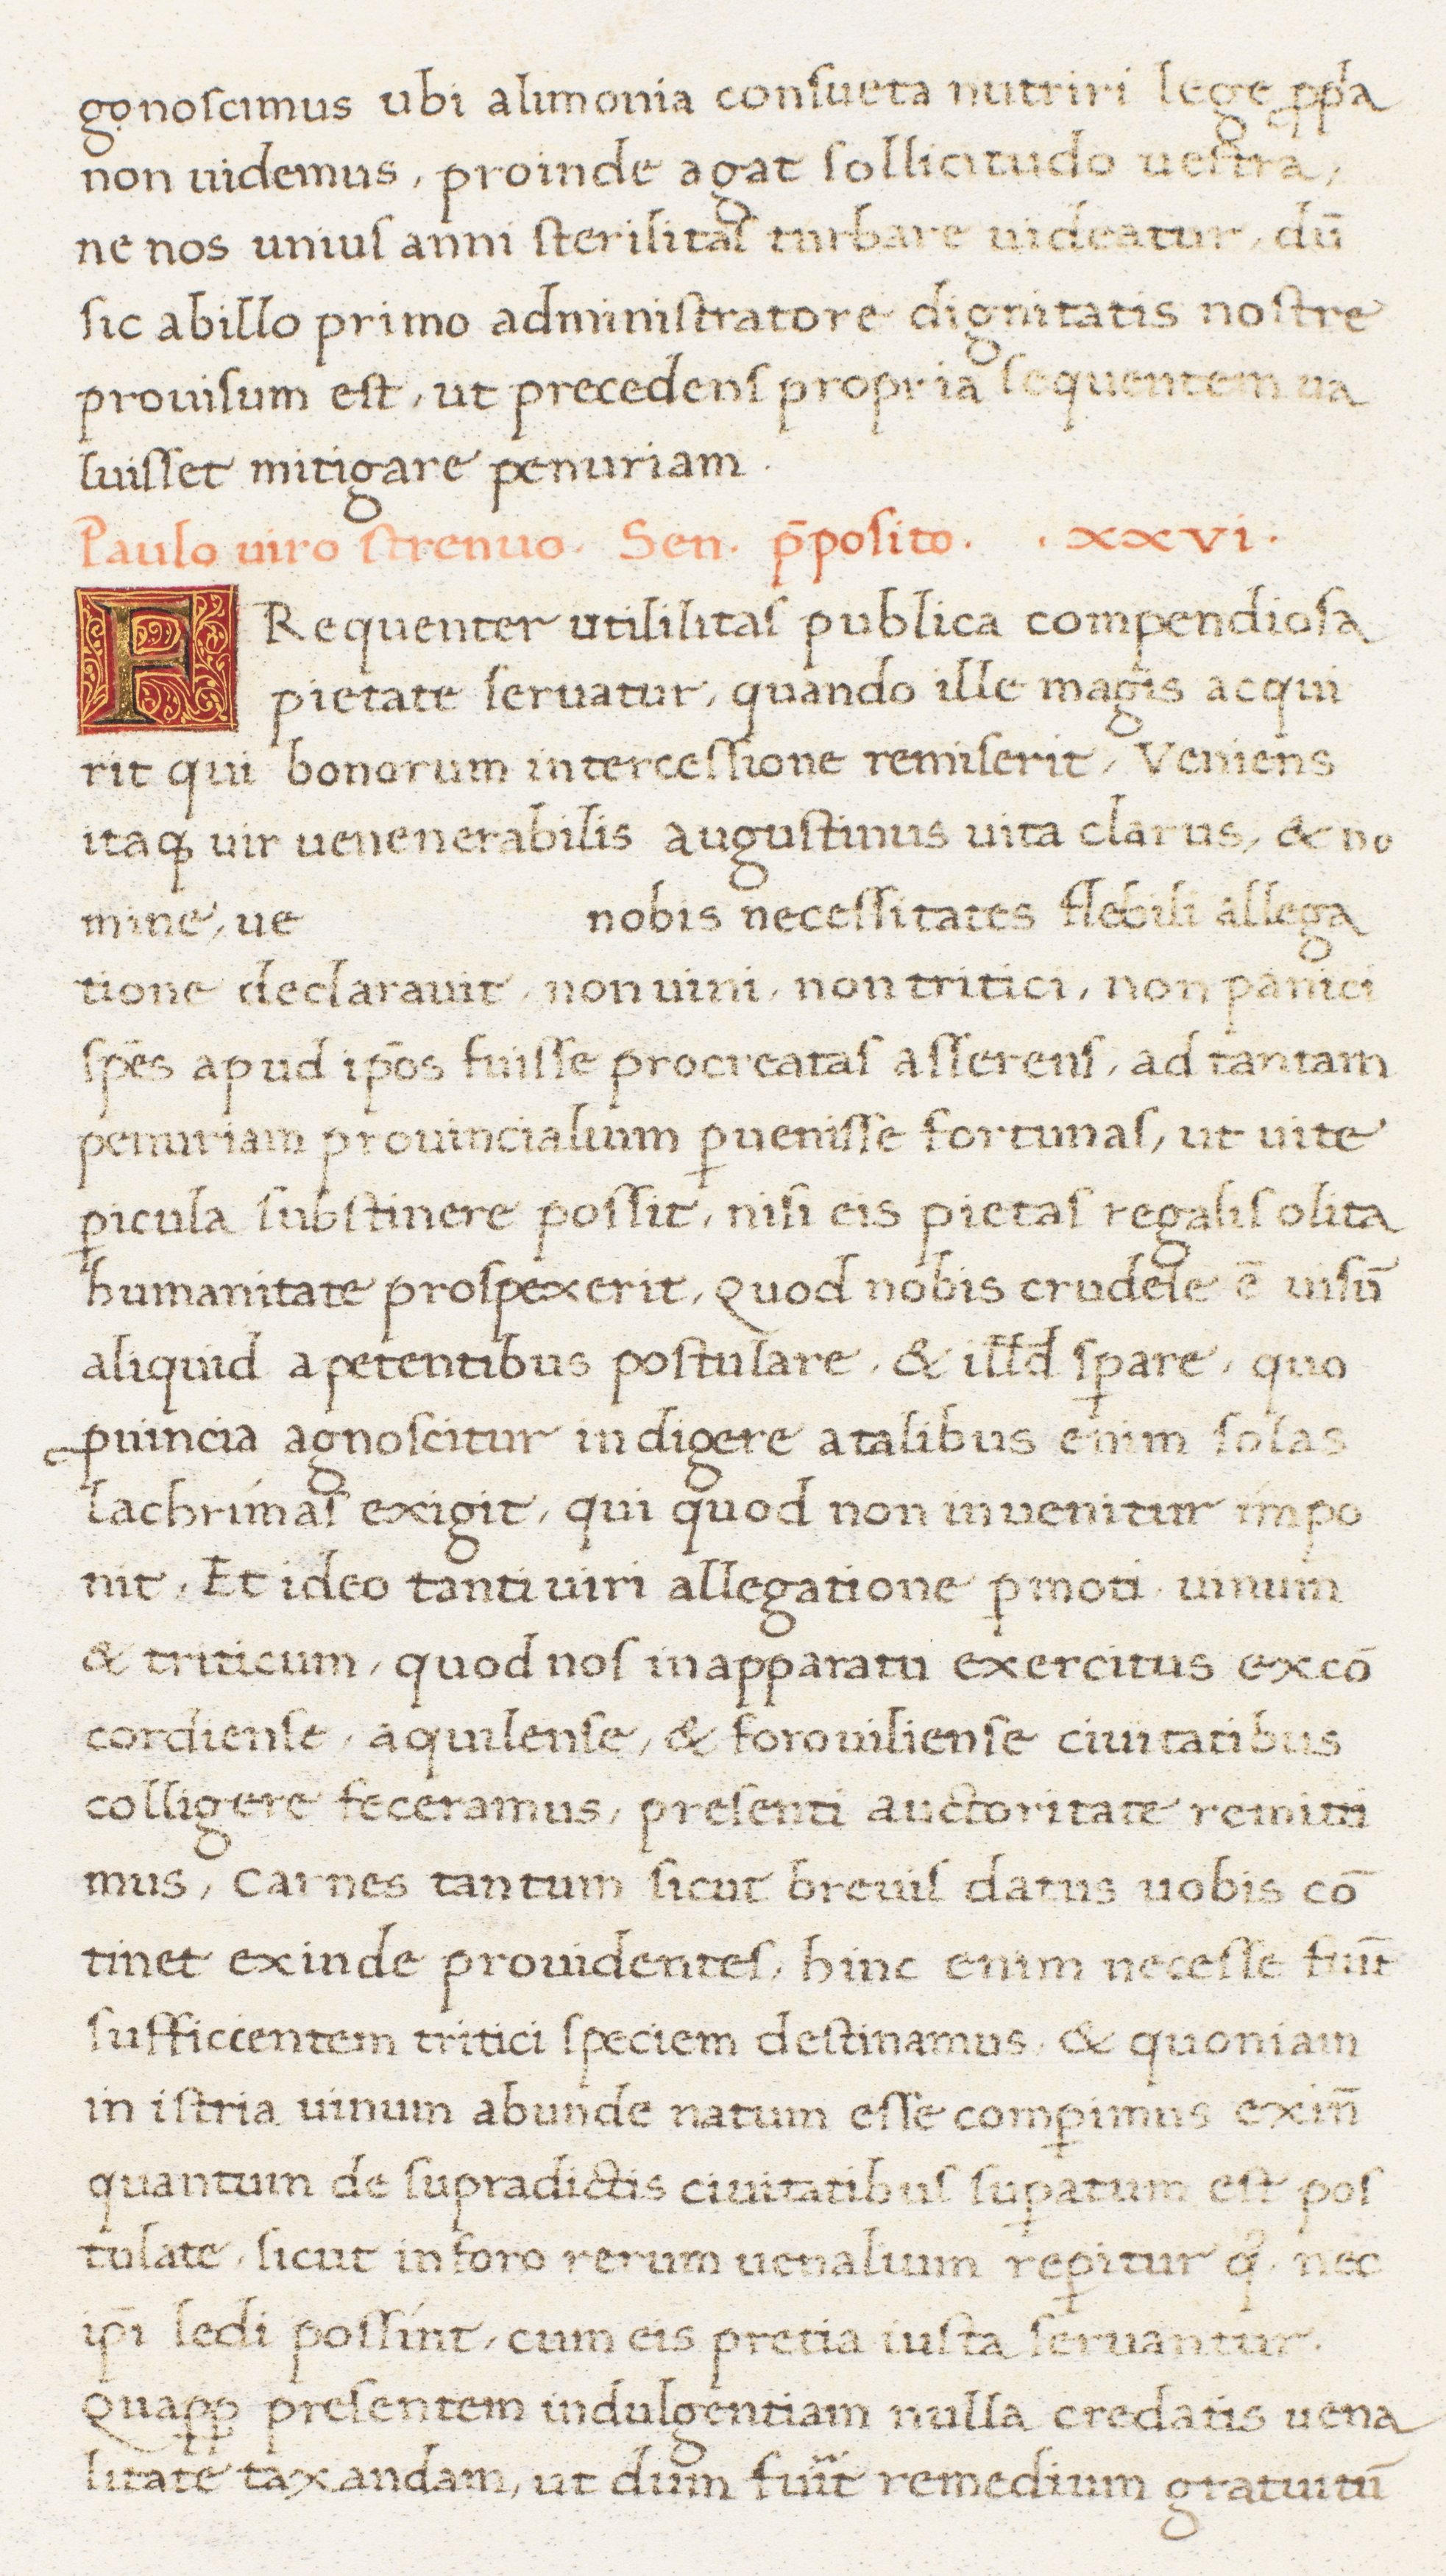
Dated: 1513–1521